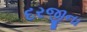
દરજીના